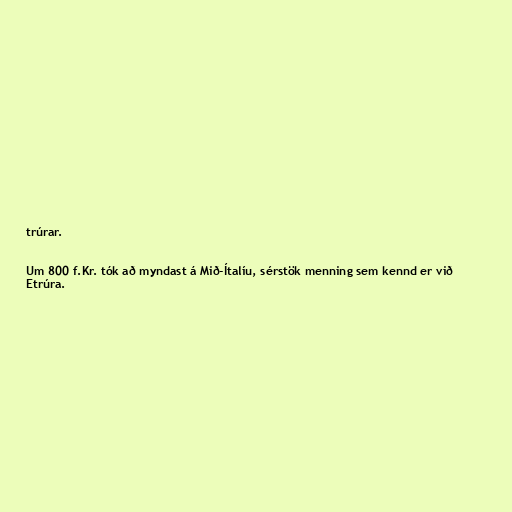
trúrar.

Um 800 f.Kr. tók að myndast á Mið-Ítalíu, sérstök menning sem kennd er við
Etrúra.